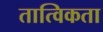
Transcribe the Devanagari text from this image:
तात्विकता